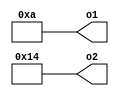
module module_scope_Example(o1, o2);
   parameter [31:0] v1 = 10;
   parameter [31:0] v2 = 20;
   output [31:0] o1, o2;
   assign module_scope_Example.o1 = module_scope_Example.v1;
   assign module_scope_Example.o2 = module_scope_Example.v2;
endmodule